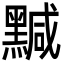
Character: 黬